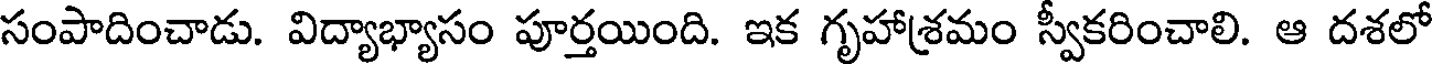
సంపాదించాడు. విద్యాభ్యాసం పూర్తయింది. ఇక గృహాశ్రమం స్వీకరించాలి. ఆ దశలో